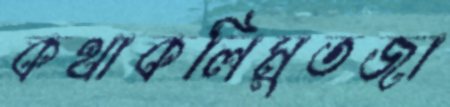
কথাকলিমুতজা